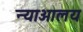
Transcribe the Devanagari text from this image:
न्याआलय